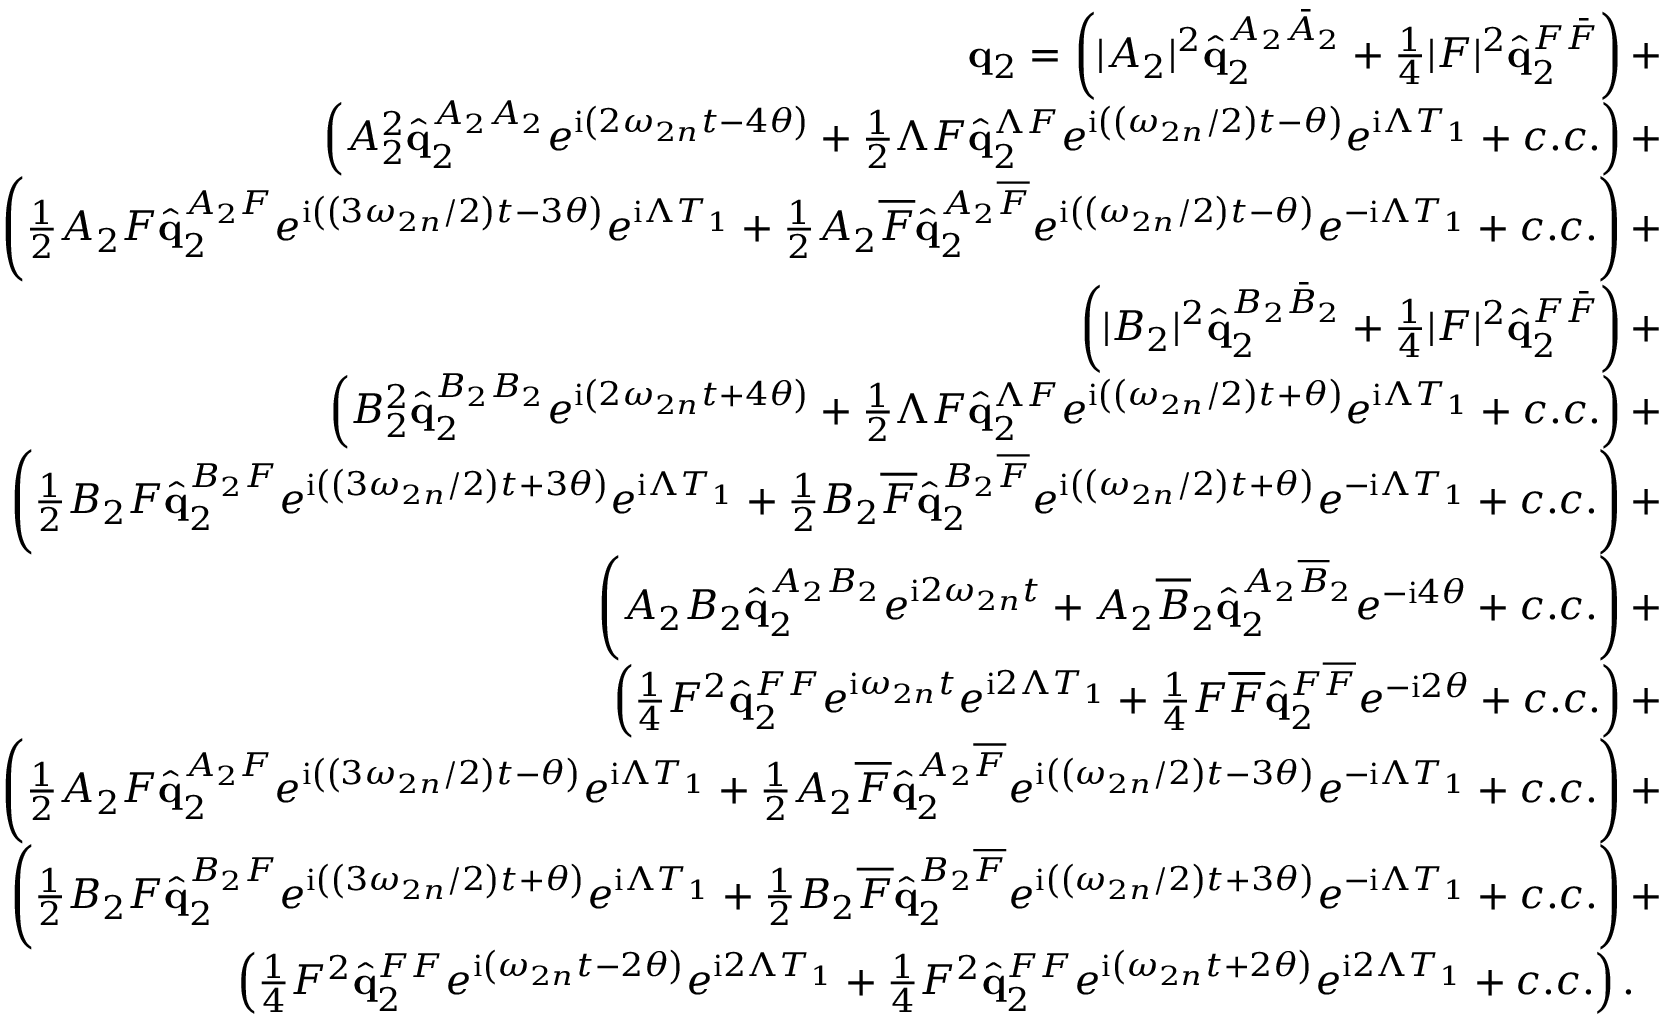
\begin{array} { r } { \mathbf { q } _ { 2 } = \left( | A _ { 2 } | ^ { 2 } \hat { \mathbf { q } } _ { 2 } ^ { A _ { 2 } \bar { A } _ { 2 } } + \frac { 1 } { 4 } | F | ^ { 2 } \hat { \mathbf { q } } _ { 2 } ^ { F \bar { F } } \right) + \ } \\ { \left( A _ { 2 } ^ { 2 } \hat { \mathbf { q } } _ { 2 } ^ { A _ { 2 } A _ { 2 } } e ^ { \mathrm { i } \left( 2 \omega _ { 2 n } t - 4 \theta \right) } + \frac { 1 } { 2 } \Lambda F \hat { \mathbf { q } } _ { 2 } ^ { \Lambda F } e ^ { \mathrm { i } \left( \left( \omega _ { 2 n } / 2 \right) t - \theta \right) } e ^ { \mathrm { i } \Lambda T _ { 1 } } + c . c . \right) + \ } \\ { \left( \frac { 1 } { 2 } A _ { 2 } F \hat { \mathbf { q } } _ { 2 } ^ { A _ { 2 } F } e ^ { \mathrm { i } \left( \left( 3 \omega _ { 2 n } / 2 \right) t - 3 \theta \right) } e ^ { \mathrm { i } \Lambda T _ { 1 } } + \frac { 1 } { 2 } A _ { 2 } \overline { { F } } \hat { \mathbf { q } } _ { 2 } ^ { A _ { 2 } \overline { { F } } } e ^ { \mathrm { i } \left( \left( \omega _ { 2 n } / 2 \right) t - \theta \right) } e ^ { - \mathrm { i } \Lambda T _ { 1 } } + c . c . \right) + \ } \\ { \left( | B _ { 2 } | ^ { 2 } \hat { \mathbf { q } } _ { 2 } ^ { B _ { 2 } \bar { B } _ { 2 } } + \frac { 1 } { 4 } | F | ^ { 2 } \hat { \mathbf { q } } _ { 2 } ^ { F \bar { F } } \right) + \ } \\ { \left( B _ { 2 } ^ { 2 } \hat { \mathbf { q } } _ { 2 } ^ { B _ { 2 } B _ { 2 } } e ^ { \mathrm { i } \left( 2 \omega _ { 2 n } t + 4 \theta \right) } + \frac { 1 } { 2 } \Lambda F \hat { \mathbf { q } } _ { 2 } ^ { \Lambda F } e ^ { \mathrm { i } \left( \left( \omega _ { 2 n } / 2 \right) t + \theta \right) } e ^ { \mathrm { i } \Lambda T _ { 1 } } + c . c . \right) + \ } \\ { \left( \frac { 1 } { 2 } B _ { 2 } F \hat { \mathbf { q } } _ { 2 } ^ { B _ { 2 } F } e ^ { \mathrm { i } \left( \left( 3 \omega _ { 2 n } / 2 \right) t + 3 \theta \right) } e ^ { \mathrm { i } \Lambda T _ { 1 } } + \frac { 1 } { 2 } B _ { 2 } \overline { { F } } \hat { \mathbf { q } } _ { 2 } ^ { B _ { 2 } \overline { { F } } } e ^ { \mathrm { i } \left( \left( \omega _ { 2 n } / 2 \right) t + \theta \right) } e ^ { - \mathrm { i } \Lambda T _ { 1 } } + c . c . \right) + \ } \\ { \left( A _ { 2 } B _ { 2 } \hat { \mathbf { q } } _ { 2 } ^ { A _ { 2 } B _ { 2 } } e ^ { \mathrm { i } 2 \omega _ { 2 n } t } + A _ { 2 } \overline { { B } } _ { 2 } \hat { \mathbf { q } } _ { 2 } ^ { A _ { 2 } \overline { { B } } _ { 2 } } e ^ { - \mathrm { i } 4 \theta } + c . c . \right) + \ } \\ { \left( \frac { 1 } { 4 } F ^ { 2 } \hat { \mathbf { q } } _ { 2 } ^ { F F } e ^ { \mathrm { i } \omega _ { 2 n } t } e ^ { \mathrm { i } 2 \Lambda T _ { 1 } } + \frac { 1 } { 4 } F \overline { { F } } \hat { \mathbf { q } } _ { 2 } ^ { F \overline { { F } } } e ^ { - \mathrm { i } 2 \theta } + c . c . \right) + \ } \\ { \left( \frac { 1 } { 2 } A _ { 2 } F \hat { \mathbf { q } } _ { 2 } ^ { A _ { 2 } F } e ^ { \mathrm { i } \left( \left( 3 \omega _ { 2 n } / 2 \right) t - \theta \right) } e ^ { \mathrm { i } \Lambda T _ { 1 } } + \frac { 1 } { 2 } A _ { 2 } \overline { { F } } \hat { \mathbf { q } } _ { 2 } ^ { A _ { 2 } \overline { { F } } } e ^ { \mathrm { i } \left( \left( \omega _ { 2 n } / 2 \right) t - 3 \theta \right) } e ^ { - \mathrm { i } \Lambda T _ { 1 } } + c . c . \right) + \ } \\ { \left( \frac { 1 } { 2 } B _ { 2 } F \hat { \mathbf { q } } _ { 2 } ^ { B _ { 2 } F } e ^ { \mathrm { i } \left( \left( 3 \omega _ { 2 n } / 2 \right) t + \theta \right) } e ^ { \mathrm { i } \Lambda T _ { 1 } } + \frac { 1 } { 2 } B _ { 2 } \overline { { F } } \hat { \mathbf { q } } _ { 2 } ^ { B _ { 2 } \overline { { F } } } e ^ { \mathrm { i } \left( \left( \omega _ { 2 n } / 2 \right) t + 3 \theta \right) } e ^ { - \mathrm { i } \Lambda T _ { 1 } } + c . c . \right) + \ } \\ { \left( \frac { 1 } { 4 } F ^ { 2 } \hat { \mathbf { q } } _ { 2 } ^ { F F } e ^ { \mathrm { i } \left( \omega _ { 2 n } t - 2 \theta \right) } e ^ { \mathrm { i } 2 \Lambda T _ { 1 } } + \frac { 1 } { 4 } F ^ { 2 } \hat { \mathbf { q } } _ { 2 } ^ { F F } e ^ { \mathrm { i } \left( \omega _ { 2 n } t + 2 \theta \right) } e ^ { \mathrm { i } 2 \Lambda T _ { 1 } } + c . c . \right) . \ \ \ } \end{array}